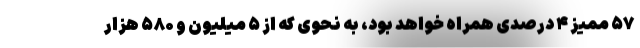
۵۷ ممیز ۴ درصدی همراه خواهد بود، به نحوی که از ۵ میلیون و ۵۸۰ هزار